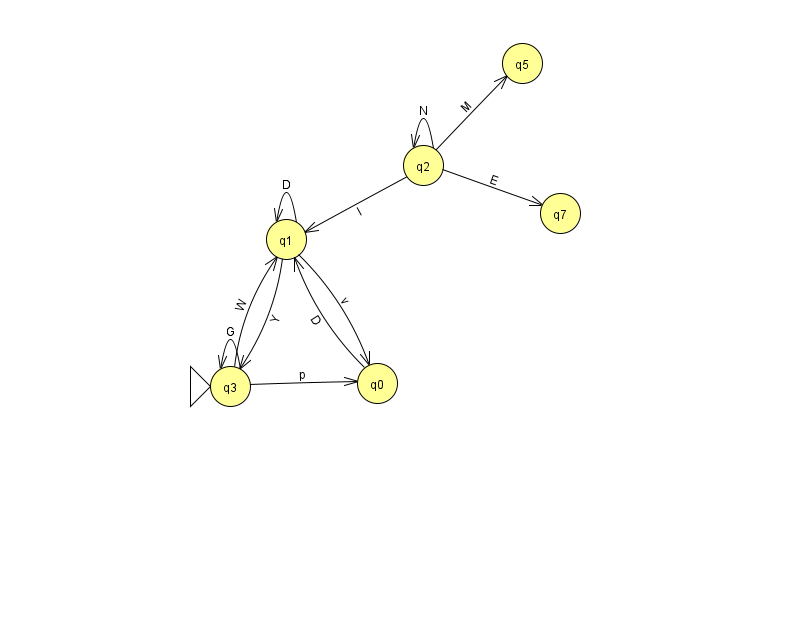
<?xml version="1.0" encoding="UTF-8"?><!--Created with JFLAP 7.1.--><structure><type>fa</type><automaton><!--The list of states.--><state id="0" name="q0"><x>377.0</x><y>370.0</y></state><state id="1" name="q1"><x>286.0</x><y>226.0</y></state><state id="2" name="q2"><x>423.0</x><y>152.0</y></state><state id="3" name="q3"><x>230.0</x><y>373.0</y><initial/></state><state id="5" name="q5"><x>522.0</x><y>50.0</y></state><state id="7" name="q7"><x>560.0</x><y>200.0</y></state><!--The list of transitions.--><transition><from>1</from><to>0</to><read>v</read></transition><transition><from>2</from><to>1</to><read>l</read></transition><transition><from>0</from><to>1</to><read>D</read></transition><transition><from>1</from><to>1</to><read>D</read></transition><transition><from>1</from><to>3</to><read>Y</read></transition><transition><from>3</from><to>3</to><read>G</read></transition><transition><from>2</from><to>5</to><read>M</read></transition><transition><from>3</from><to>0</to><read>p</read></transition><transition><from>3</from><to>1</to><read>W</read></transition><transition><from>2</from><to>7</to><read>E</read></transition><transition><from>2</from><to>2</to><read>N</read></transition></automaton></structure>